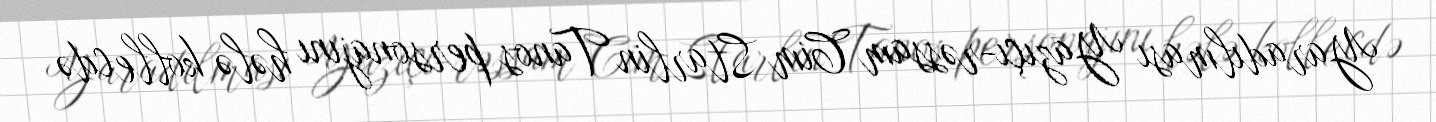
Yaradılması Yazıçı-rəssam Cim Starlin Tanos personajını hələ kollecdə